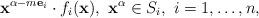
LaTeX: \begin{align*}\mathbf x^{\alpha-m\mathbf e_i}\cdot f_i(\mathbf x),\ \mathbf x^\alpha\in S_i,\ i=1,\dots,n,\end{align*}